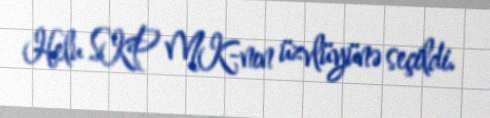
Helu SKP MK-nın üzvlüyünə seçildi.